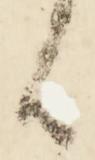
候